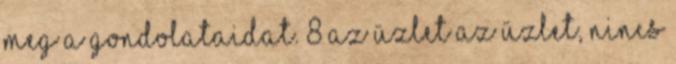
meg a gondolataidat. 8 Az üzlet az üzlet, nincs